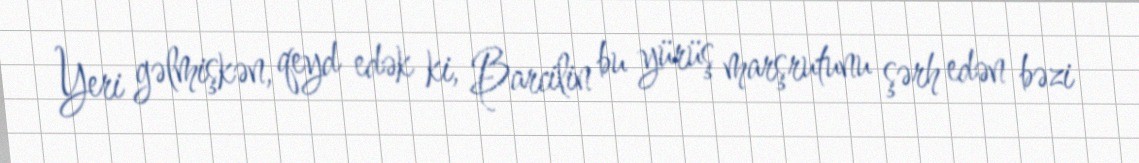
Yeri gəlmişkən, qeyd edək ki, Barcilin bu yürüş marşrutunu şərh edən bəzi